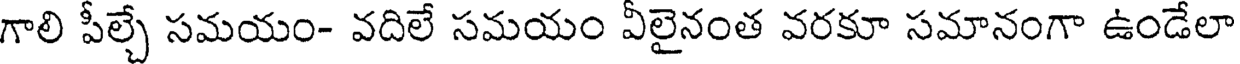
గాలి పీల్చే సమయం- వదిలే సమయం వీలైనంత వరకూ సమానంగా ఉండేలా